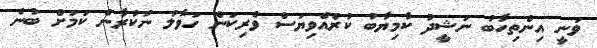
ވަނީ އިންތިހާބު ނަޝީދު ކާމިޔާބު ކުރެއްވިޔަސް ވެރިކަން ހަވާލު ނުކުރާނެ ކަމަށް ބުނެ